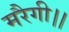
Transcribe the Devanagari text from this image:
मरैगी।।